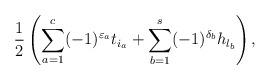
LaTeX: \begin{gather*}{1\over 2}\left(\sum_{a=1}^c (-1)^{\varepsilon_a}t_{i_a}+\sum_{b=1}^s (-1)^{\delta_b}h_{l_b}\right),\end{gather*}